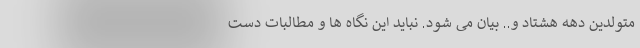
متولدین دهه هشتاد و..‌ بیان می شود. نباید این نگاه ها و مطالبات دست